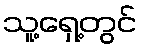
သူ့ရှေ့တွင်